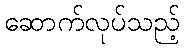
ဆောက်လုပ်သည့်